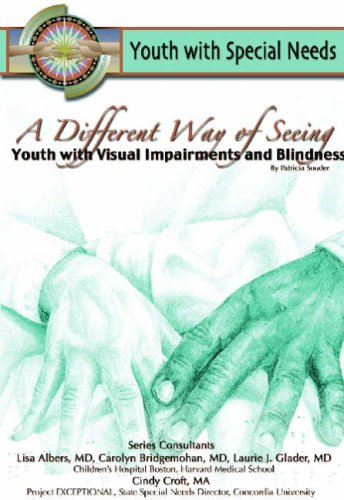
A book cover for A Different Way of Seeing: Youth With Visual Impairments and Blindness (Youth With Special Needs); Patricia Souder; Teen & Young Adult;